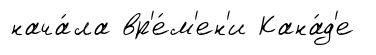
нача́ла вр'е́м'ен'и Кана́д'е